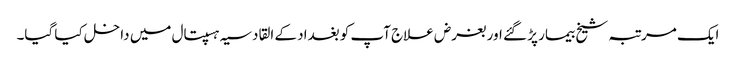
ایک مرتبہ شیخ بیمار پڑ گئے اور بغرض علاج آپ کو بغداد کے القادسیہ ہسپتال میں داخل کیا گیا۔